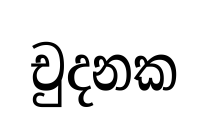
චුදනක